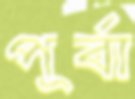
পূর্বা